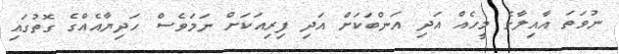
ނުވަތަ އާއިލާގެ މީހެއް އަދި އަންބަކަށް އަދި ފިރިއަކަށް ނަމަވެސް ހަދިޔާއެއްގެ ގޮތުގައި